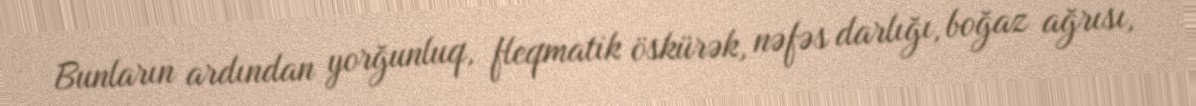
Bunların ardından yorğunluq, fleqmatik öskürək, nəfəs darlığı, boğaz ağrısı,